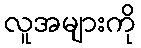
လူအများကို